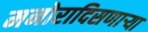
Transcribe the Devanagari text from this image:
मनोरादिसणार्‍या